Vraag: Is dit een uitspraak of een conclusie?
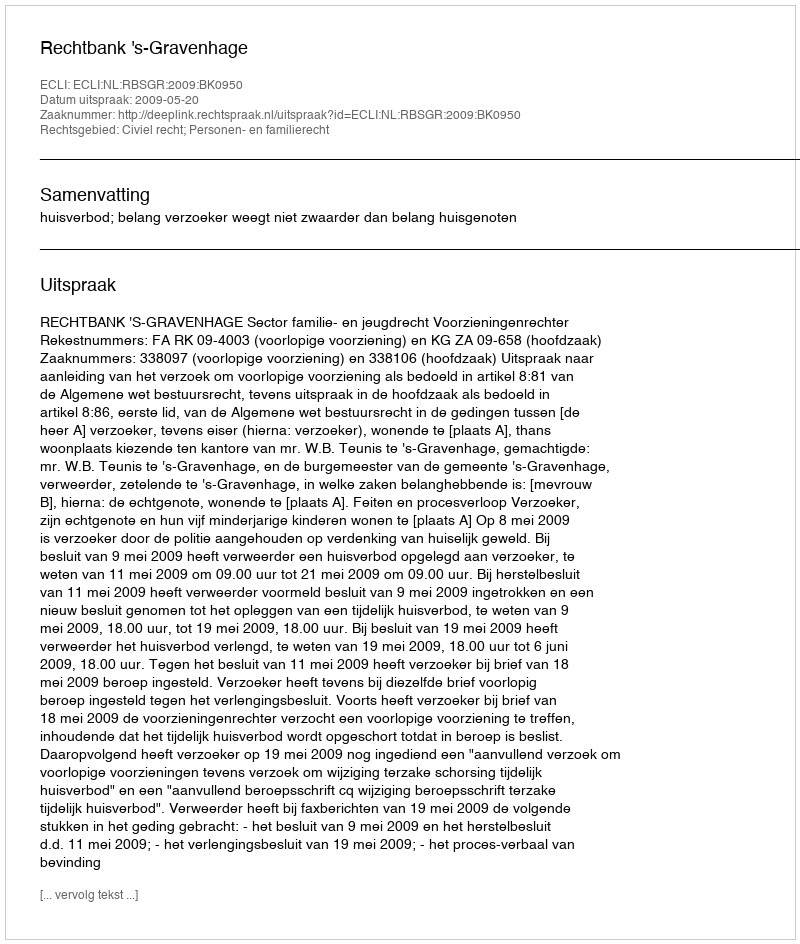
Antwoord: Uitspraak